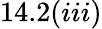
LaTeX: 14.2(iii)